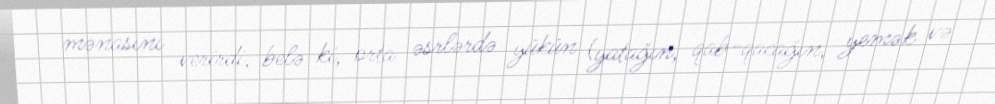
mənasını verirdi, belə ki, orta əsrlərdə yükün (yatağın, qab-qacağın, yemək və